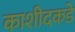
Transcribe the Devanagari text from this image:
काशीदकडे